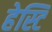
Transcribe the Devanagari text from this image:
हेस्टि